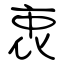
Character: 衷